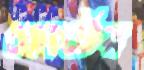
কোর্টের